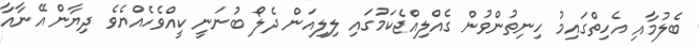
ބެލުމާއި އެހިތްގައިމު ހިނިތުންވުން ގެއްލިއްޖެކަމުގައި ލިލިއަން ދެލޯ ބުނަނީ ކީއްވެހެއްޔެވެ ދިޔާން އޭނާއާ